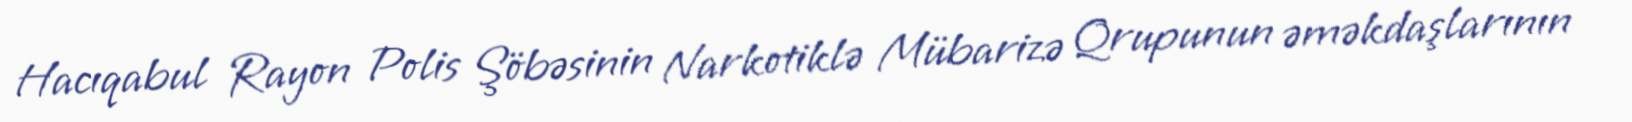
Hacıqabul Rayon Polis Şöbəsinin Narkotiklə Mübarizə Qrupunun əməkdaşlarının